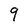
Character: 9